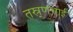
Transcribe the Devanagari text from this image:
तस्र्णभाई